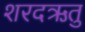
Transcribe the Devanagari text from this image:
शरदऋतु